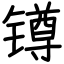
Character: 𨱔